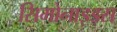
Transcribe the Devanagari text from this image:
सिमोनाइड्स